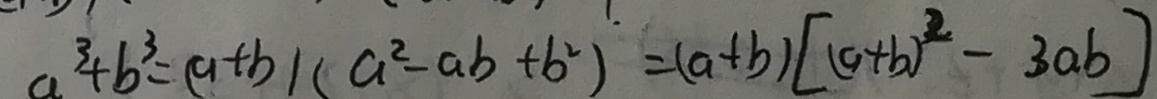
a ^ { 3 } + b ^ { 3 } = ( a + b ) ( a ^ { 2 } - a b + b ^ { 2 } ) = ( a + b ) [ ( a + b ) ^ { 2 } - 3 a b ]